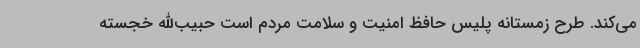
می‌کند. طرح زمستانه پلیس حافظ امنیت و سلامت مردم است حبیب‌الله خجسته